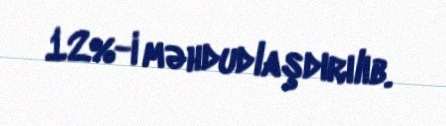
12%-i məhdudlaşdırılıb.